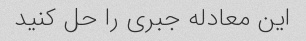
این معادله جبری را حل کنید